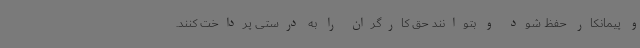
و پیمانکار حفظ شود و بتوانند حق کارگران را به درستی پرداخت کنند.